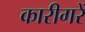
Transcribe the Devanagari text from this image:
कारीगरें